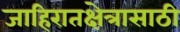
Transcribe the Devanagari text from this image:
जाहिरातक्षेत्रासाठी